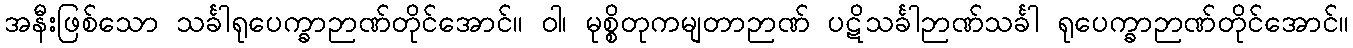
အနီးဖြစ်သော သင်္ခါရုပေက္ခာဉာဏ်တိုင်အောင်။ ဝါ၊ မုစ္စိတုကမျတာဉာဏ် ပဋိသင်္ခါဉာဏ်သင်္ခါ ရုပေက္ခာဉာဏ်တိုင်အောင်။